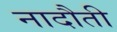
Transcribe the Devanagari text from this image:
नादौती